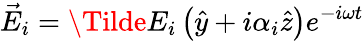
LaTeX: \vec{E}_{i}=\Tilde{E}_{i}\left(\hat{y}+i\alpha_{i}\hat{z}\right)e^{-i\omega t}